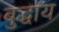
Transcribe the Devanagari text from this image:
बुद्धाय